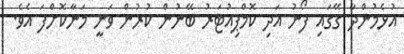
އުޅެމުންދާ ގޭގައި ފޯނު އަދި ކޮމްޕިއުޓަރު ބޭނުން ކުރުން ވަނީ މަނާކޮށްފަ އެވެ.